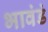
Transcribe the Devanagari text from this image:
भावंडं